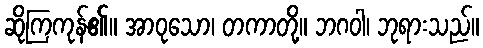
ဆိုကြကုန်၏။ အာဝုသော၊ တကာတို့။ ဘဂဝါ၊ ဘုရားသည်။